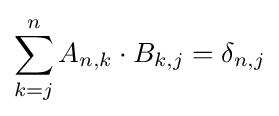
\sum _{k=j}^{n}A_{n,k}\cdot B_{k,j}=\delta _{n,j}